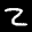
Label: 2